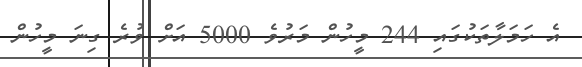
އެ ހަމަލާތަކުގައި 244 މީހުން މަރުވެ 5000 އަށް ވުރެ ގިނަ މީހުން